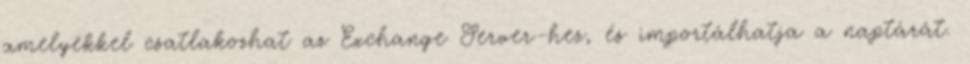
amelyekkel csatlakozhat az Exchange Server-hez, és importálhatja a naptárát.